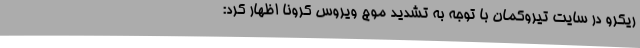
ریکرو در سایت تیروکمان با توجه به تشدید موج ویروس کرونا اظهار کرد: